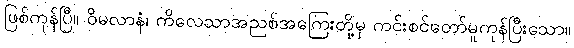
ဖြစ်ကုန်ပြီ။ ဝိမလာနံ၊ ကိလေသာအညစ်အကြေးတို့မှ ကင်းစင်တော်မူကုန်ပြီးသော။